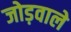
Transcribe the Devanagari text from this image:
जोड़वाले